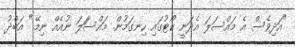
"އަދިވެސް އެ މައްސަލަ އެދަނީ ކޯޓުގައި ހިނގަމުން. މައްސަަލަ ނުއެއް ނިމޭ." އަބްދު